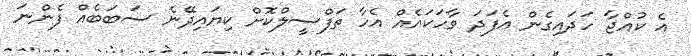
އެ ކުއްޖާ ހަދައިގެން އެފަދަ ވާހަކައެއް އެހާ ތަފްސީލްކޮށް ކިޔައިދޭނެ ސަބަބެއް ފެންނަ